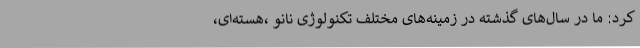
کرد: ما در سال‌های گذشته در زمینه‌های مختلف تکنولوژی نانو ،هسته‌ای،